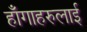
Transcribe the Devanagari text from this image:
हाँगाहरुलाई